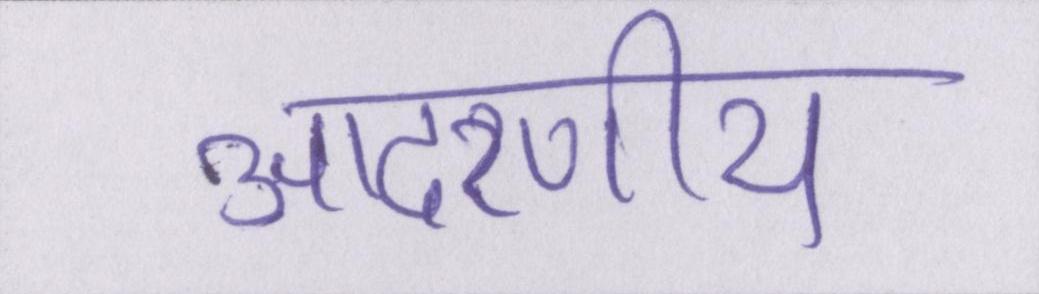
आदरणीय